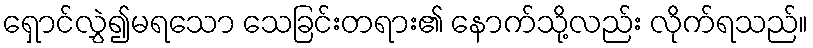
ရှောင်လွှဲ၍မရသော သေခြင်းတရား၏ နောက်သို့လည်း လိုက်ရသည်။